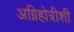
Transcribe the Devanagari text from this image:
अग्निहोत्रीशी